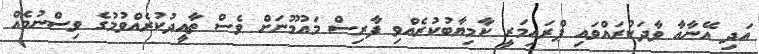
އަދި އޭނާއާ ވާދަކުރައްވައި ޕްރައިމަރީ ކާމިޔާބުކުރެއްވި ފާރިސް މައުމޫނަށް ވެސް ތާއީދުކުރެއްވުމުގެ ވިސްނުމެއް